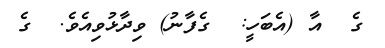
ގެ  އާ (އެބަހީ:  ގެފާނު) ވިދާޅުވިއެވެ.  ގެ